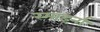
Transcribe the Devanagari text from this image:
स्माइर्ना